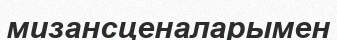
мизансценаларымен